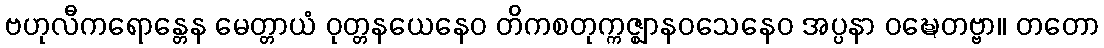
ဗဟုလီကရောန္တေန မေတ္တာယံ ဝုတ္တနယေနေဝ တိကစတုက္ကဇ္ဈာနဝသေနေဝ အပ္ပနာ ဝဍ္ဎေတဗ္ဗာ။ တတော